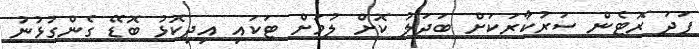
ފަދަ ރޮޓެން ސަރުކާރަކަށް ބަދަލު ކޮށް ލުމަށް ޓަކައި އިދިކޮޅު ބޮޑޭ ގެންގުޅުނު